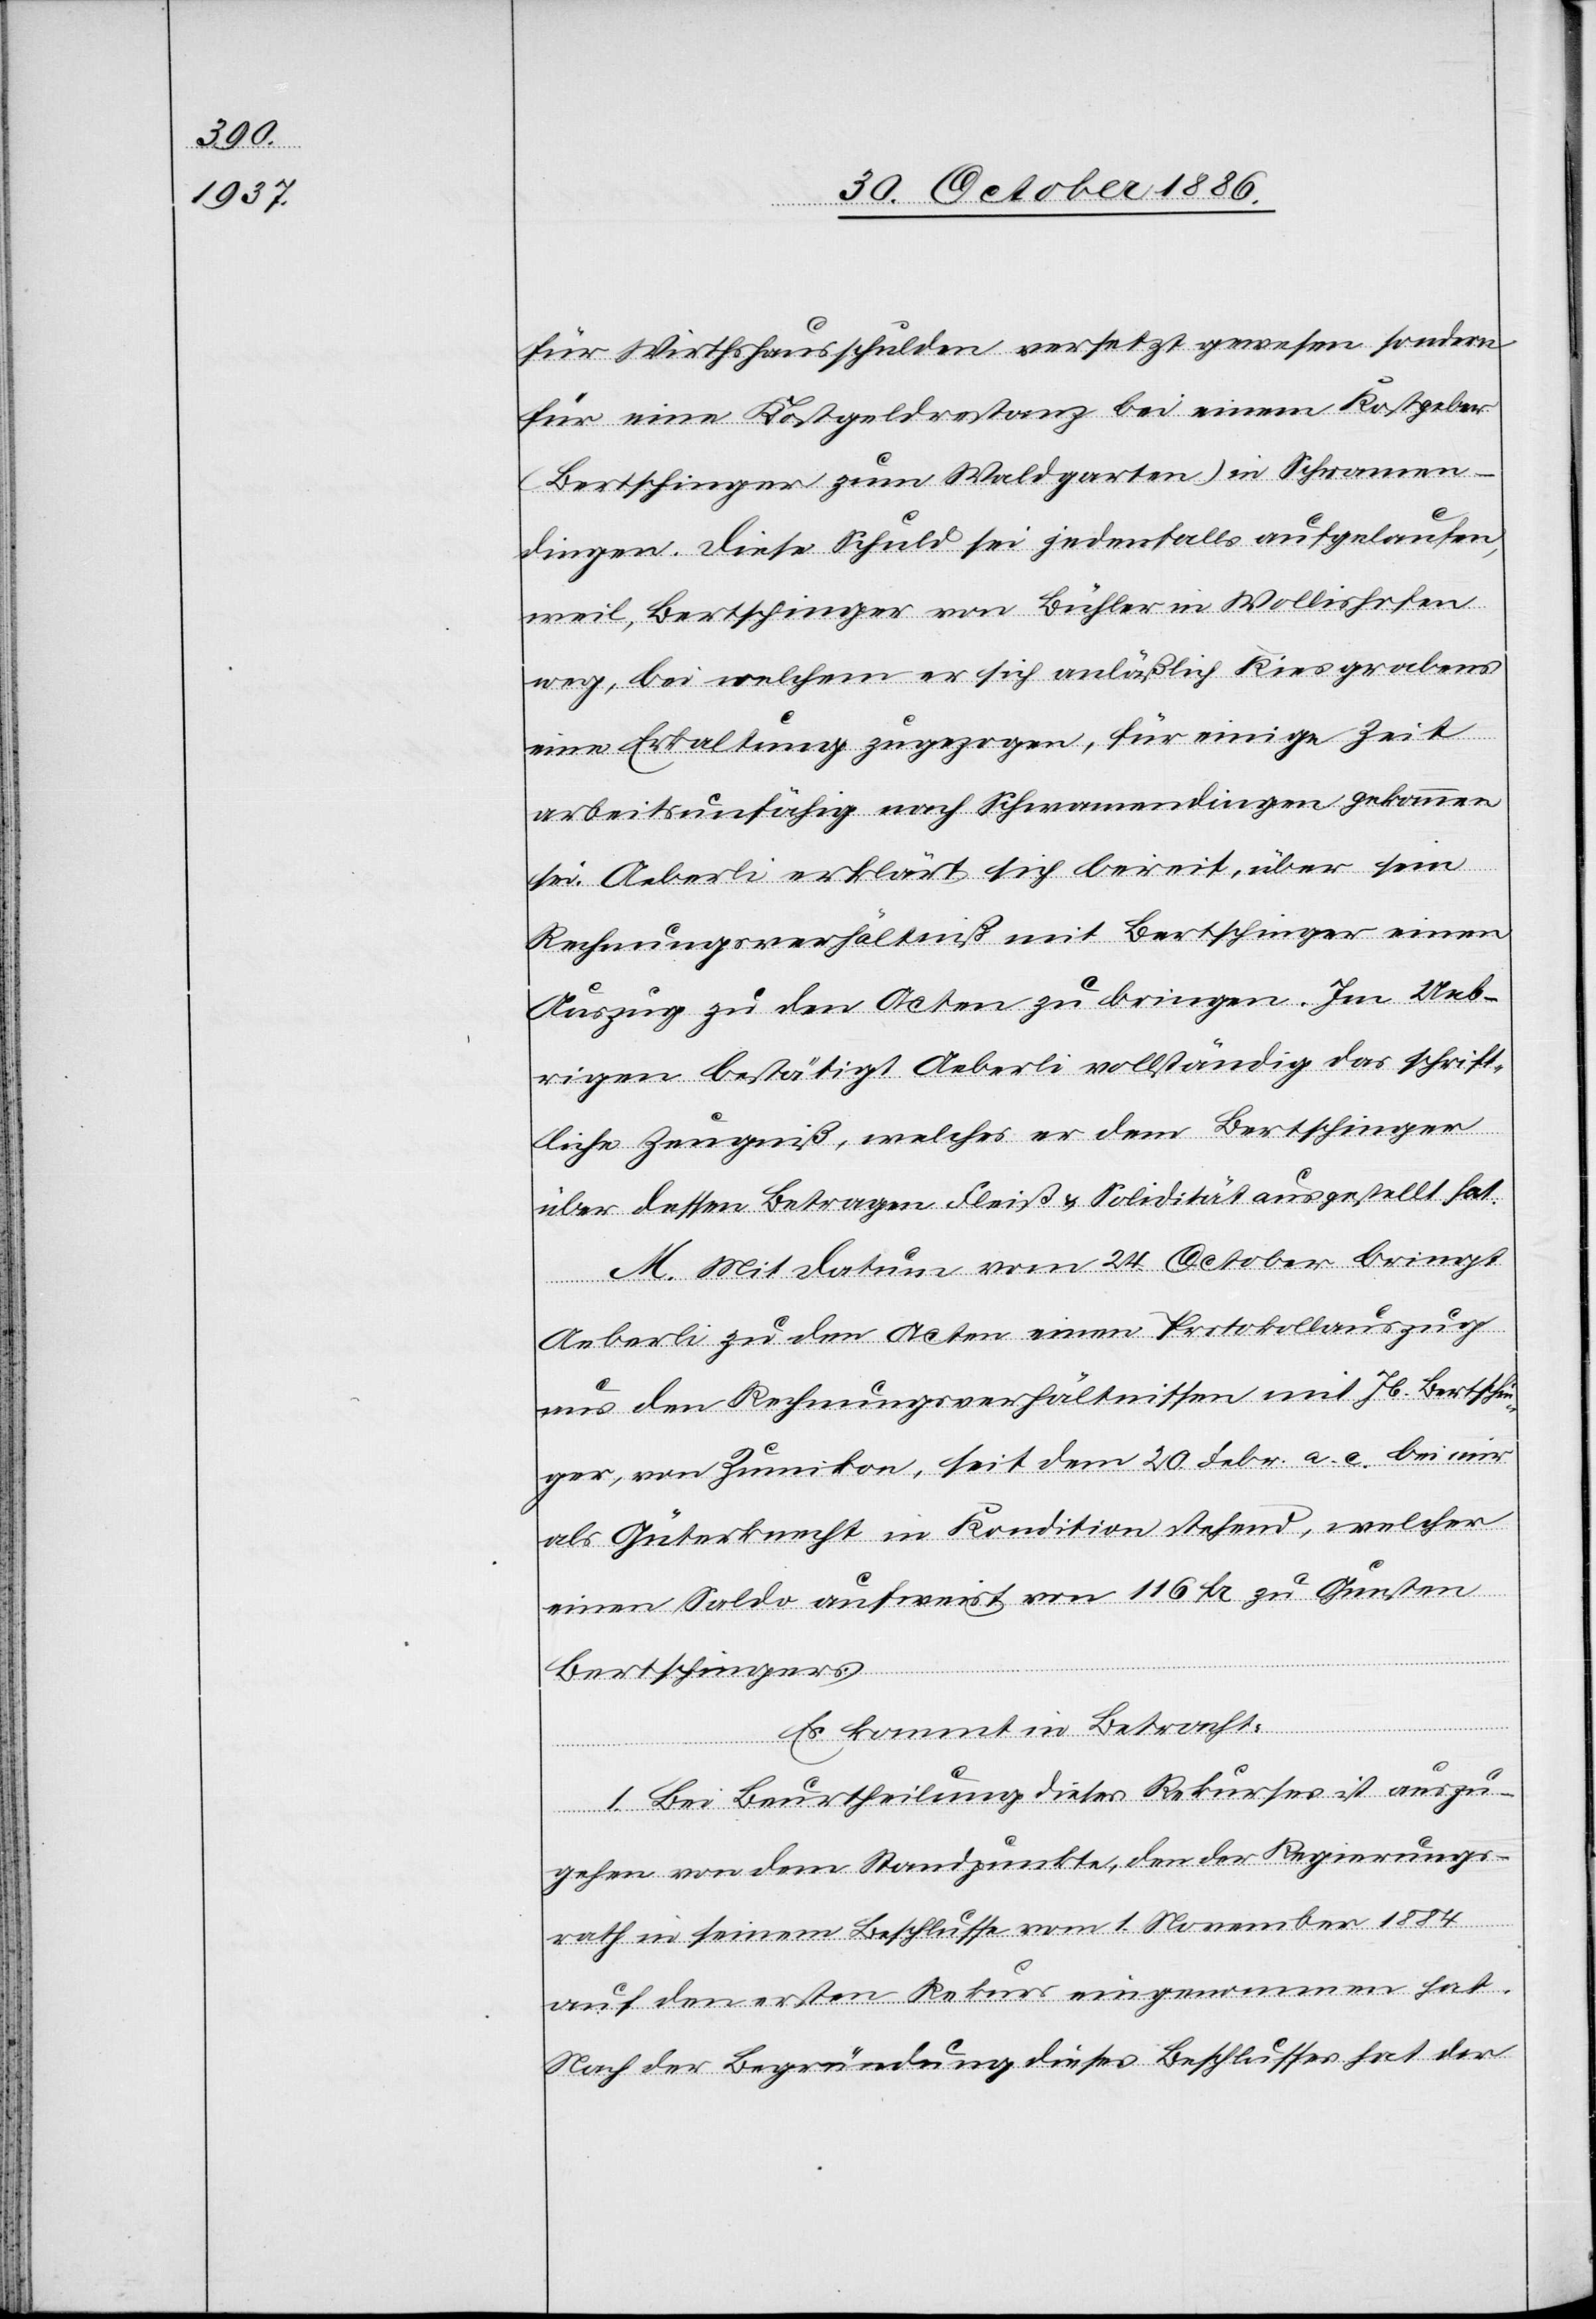
für Wirthshausschulden versetzt gewesen sondern
für eine Kostgeldrestanz bei einem Kostgeber
(Bertschinger zum Waldgarten) in Schwamen¬
dingen. Diese Schuld sei jedenfalls aufgelaufen,
weil, Bertschinger von Bühler in Wollishofen
weg, bei welchem er sich anläßlich Kiesgrabens
eine Erkaltung [sic!] zugezogen, für einige Zeit
arbeitsunfähig nach Schwamendingen gekommen
sei. Aeberli erklärt sich bereit, über sein
Rechnungsverhältniß mit Bertschinger einen
Auszug zu den Acten zu bringen. Im Ueb¬
ringen bestätigt Aeberli vollständig das schrift¬
liche Zeugniß, welches er dem Bertschinger
über dessen Betragen[,] Fleiß & Solidität ausgestellt hat.
M. Mit Datum vom 24. October bringt
Aeberli zu den Acten einen Protokollauszug
aus den Rechnungsverhältnissen mit Jb. Bertschin¬
ger, von Zumikon, seit dem 20. Febr. a. c. bei mir
als Güterknecht in Kondition stehend, welcher
einen Saldo aufweist von 116 Fr. zu Gunsten
Bertschingers.
Es kommt in Betracht:
1. Bei Beurtheilung dieses Rekurses ist auszu¬
gehen von dem Standpunkte, den der Regierungs¬
rath in seinem Beschlusse vom 1. November 1884
auf den ersten Rekurs eingenommen hat.
Nach der Begründung dieses Beschlusses hat der